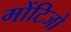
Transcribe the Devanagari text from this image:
मोंटिजो